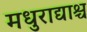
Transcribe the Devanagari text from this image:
मधुराद्याश्च